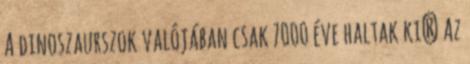
A dinoszaurszok valójában csak 7000 éve haltak ki? Az